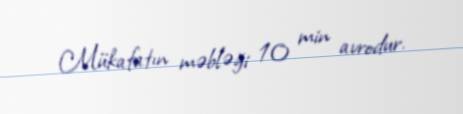
Mükafatın məbləği 10 min avrodur.